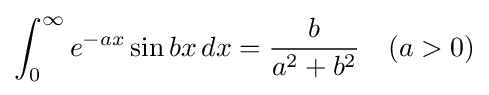
\int _{0}^{\infty }e^{-ax}\sin bx\,dx={\frac {b}{a^{2}+b^{2}}}\quad (a>0)